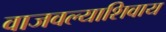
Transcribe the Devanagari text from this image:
वाजवल्याशिवाय